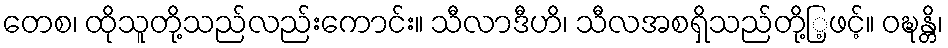
တေစ၊ ထိုသူတို့သည်လည်းကောင်း။ သီလာဒီဟိ၊ သီလအစရှိသည်တို့ြ့ဖင့်။ ဝဍ္ဎန္တိ၊